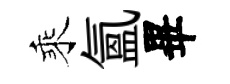
乘氳畢